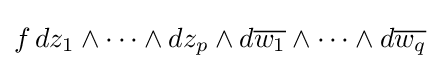
f\,dz_{1}\wedge \cdots \wedge dz_{p}\wedge d{\overline {w_{1}}}\wedge \cdots \wedge d{\overline {w_{q}}}